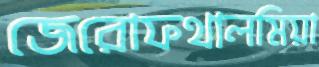
জেরোফথালমিয়া